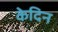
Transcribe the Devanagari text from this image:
केदिन